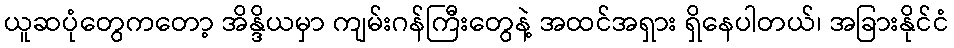
ယူဆပုံတွေကတော့ အိန္ဒိယမှာ ကျမ်းဂန်ကြီးတွေနဲ့ အထင်အရှား ရှိနေပါတယ်၊ အခြားနိုင်ငံ